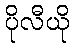
ပိုလီယို